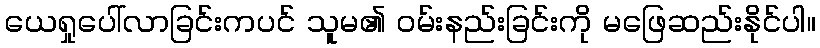
ယေရှုပေါ်လာခြင်းကပင် သူမ၏ ဝမ်းနည်းခြင်းကို မဖြေဆည်းနိုင်ပါ။